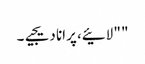
" " لائیے، پرانا دیجیے۔